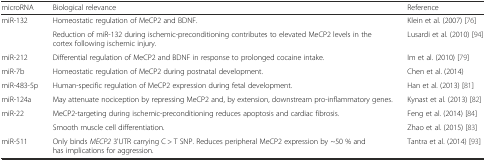
| microRNA | Biological relevance | Reference |
 | --- | --- | --- |
 | <ROWSPAN=2> miR-132 | Homeostatic regulation of MeCP2 and BDNF. | Klein et al. (2007) [76] |
 | Reduction of miR-132 during ischemic-preconditioning contributes to elevated MeCP2 levels in the cortex following ischemic injury. | Lusardi et al. (2010) [94] |
 | miR-212 | Differential regulation of MeCP2 and BDNF in response to prolonged cocaine intake. | Im et al. (2010) [79] |
 | miR-7b | Homeostatic regulation of MeCP2 during postnatal development. | Chen et al. (2014) |
 | miR-483-5p | Human-specific regulation of MeCP2 expression during fetal development. | Han et al. (2013) [81] |
 | miR-124a | May attenuate nociception by repressing MeCP2 and, by extension, downstream pro-inflammatory genes. | Kynast et al. (2013) [82] |
 | <ROWSPAN=2> miR-22 | MeCP2-targeting during ischemic-preconditioning reduces apoptosis and cardiac fibrosis. | Feng et al. (2014) [84] |
 | Smooth muscle cell differentiation. | Zhao et al. (2015) [83] |
 | miR-511 | Only binds MECP2 3'UTR carrying C > T SNP. Reduces peripheral MeCP2 expression by ~50 % and has implications for aggression. | Tantra et al. (2014) [93] |